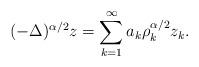
LaTeX: \begin{align*}(-\Delta)^{\alpha/2}z=\sum_{k=1}^{\infty}a_{k}\rho_{k}^{\alpha/2}z_{k}.\end{align*}